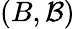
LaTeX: (B,{\mathcal{B}})